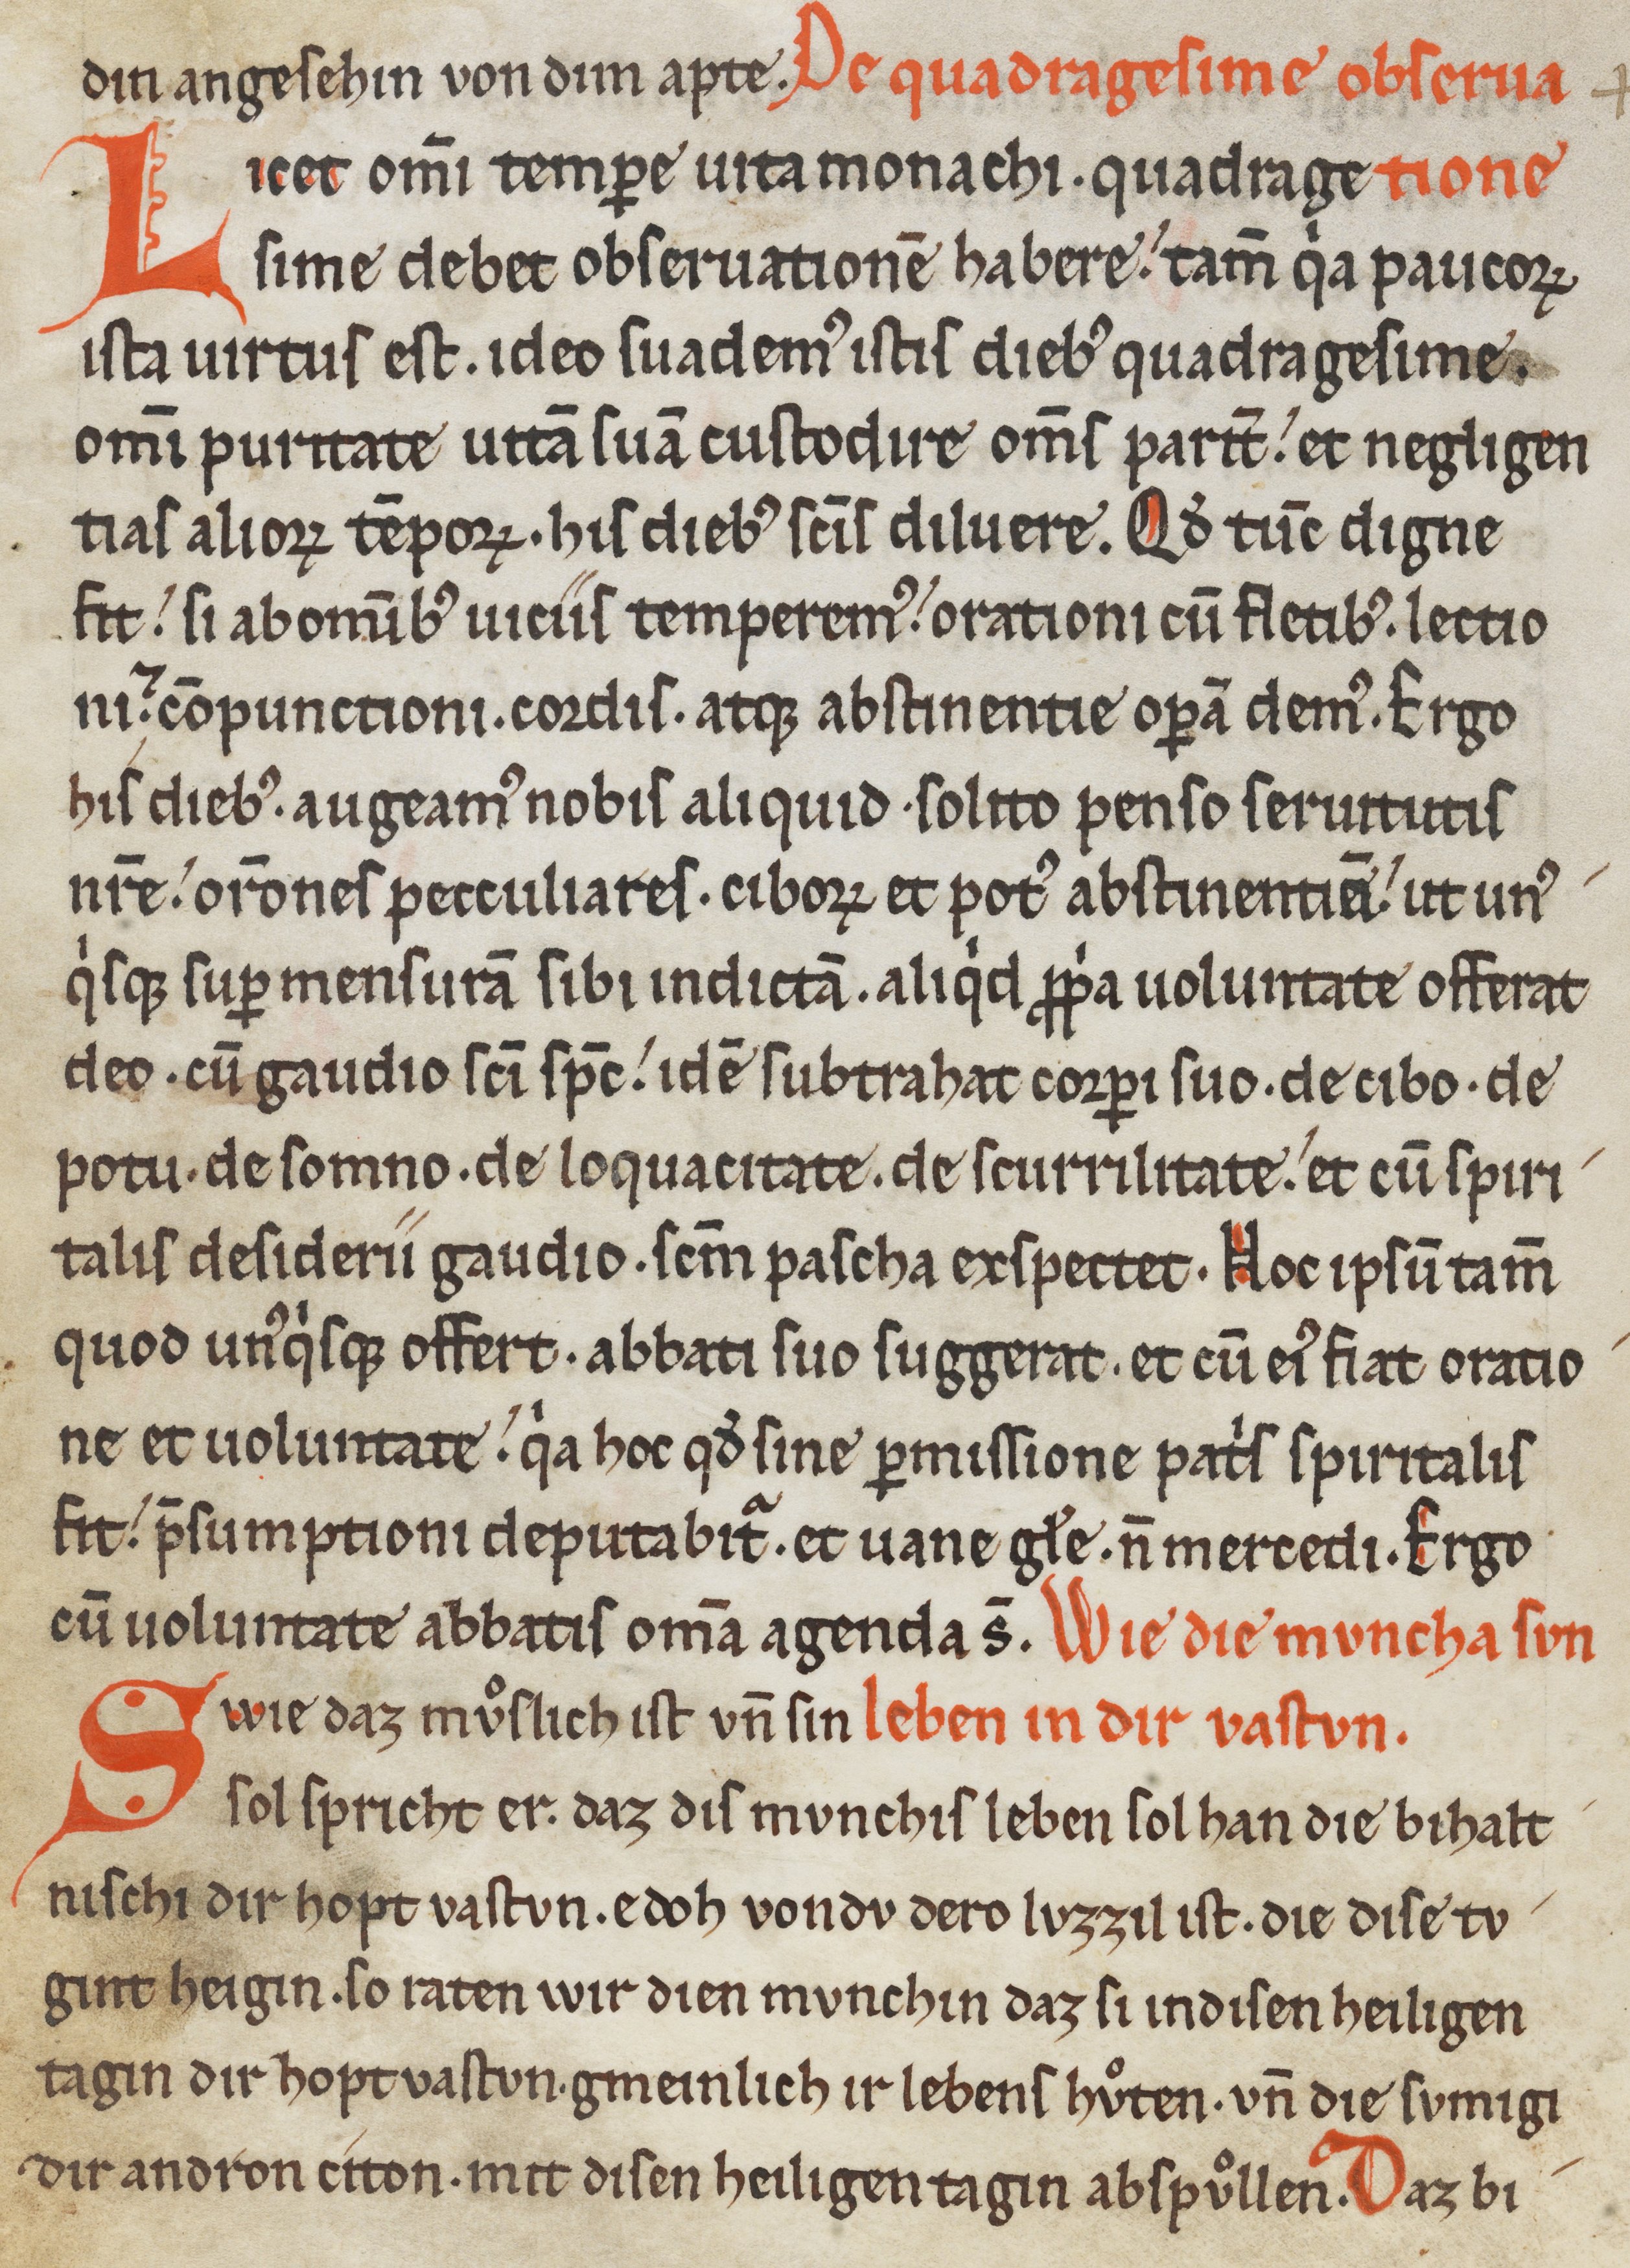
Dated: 1200–1299